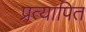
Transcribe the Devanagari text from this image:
प्रत्यापित